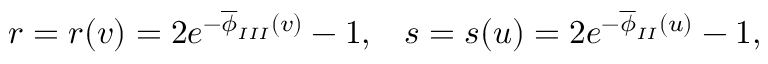
r = r ( v ) = 2 e ^ { - \overline { { { \phi } } } _ { I I I } ( v ) } - 1 , \; \; \; s = s ( u ) = 2 e ^ { - \overline { { { \phi } } } _ { I I } ( u ) } - 1 , \; \;